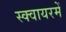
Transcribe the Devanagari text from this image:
स्क्वायरमें